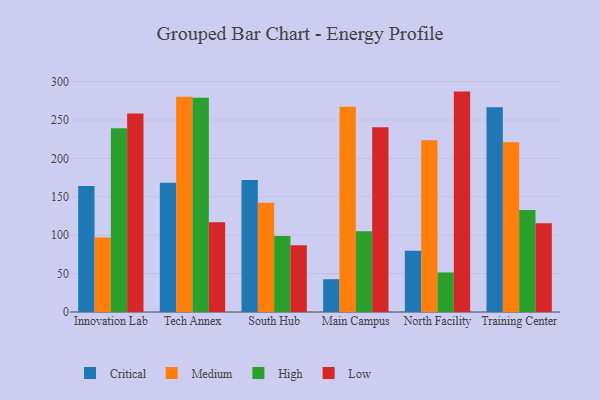
{"axis": {"x": "Campus", "y": "Latency (ms)"}, "legend": ["Critical", "High", "Low", "Medium"], "data": [{"x": "Innovation Lab", "y": 164.0, "type": "Critical"}, {"x": "Innovation Lab", "y": 97.1, "type": "Medium"}, {"x": "Innovation Lab", "y": 239.3, "type": "High"}, {"x": "Innovation Lab", "y": 258.5, "type": "Low"}, {"x": "Tech Annex", "y": 168.4, "type": "Critical"}, {"x": "Tech Annex", "y": 280.4, "type": "Medium"}, {"x": "Tech Annex", "y": 279.0, "type": "High"}, {"x": "Tech Annex", "y": 116.8, "type": "Low"}, {"x": "South Hub", "y": 172.0, "type": "Critical"}, {"x": "South Hub", "y": 142.2, "type": "Medium"}, {"x": "South Hub", "y": 99.1, "type": "High"}, {"x": "South Hub", "y": 87.0, "type": "Low"}, {"x": "Main Campus", "y": 42.7, "type": "Critical"}, {"x": "Main Campus", "y": 267.3, "type": "Medium"}, {"x": "Main Campus", "y": 105.0, "type": "High"}, {"x": "Main Campus", "y": 240.6, "type": "Low"}, {"x": "North Facility", "y": 79.6, "type": "Critical"}, {"x": "North Facility", "y": 223.6, "type": "Medium"}, {"x": "North Facility", "y": 51.5, "type": "High"}, {"x": "North Facility", "y": 287.0, "type": "Low"}, {"x": "Training Center", "y": 266.7, "type": "Critical"}, {"x": "Training Center", "y": 221.2, "type": "Medium"}, {"x": "Training Center", "y": 132.9, "type": "High"}, {"x": "Training Center", "y": 115.6, "type": "Low"}]}